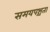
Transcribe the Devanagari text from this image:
समयपश्चता